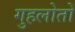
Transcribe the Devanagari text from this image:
गुहलोतों